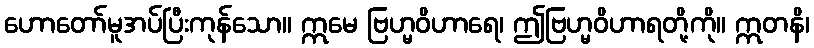
ဟောတော်မူအပ်ပြီးကုန်သော။ ဣမေ ဗြဟ္မဝိဟာရေ၊ ဤဗြဟ္မဝိဟာရတို့ကို။ ဣတနိ၊